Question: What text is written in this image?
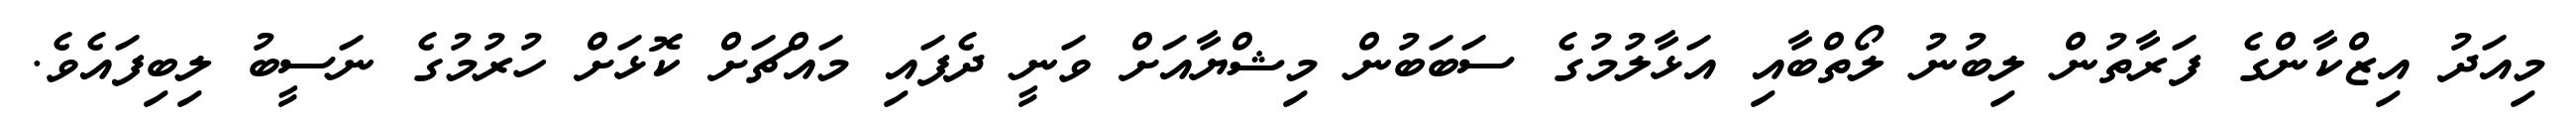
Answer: މިއަދު އިޒްކާންގެ ފަރާތުން ލިބުނު ލޯތްބާއި އަޅާލުމުގެ ސަބަބުން މިޝްޔާއަށް ވަނީ ދެފައި މައްޗަށް ކޮޅަށް ހުރުމުގެ ނަސީބު ލިބިފައެވެ.